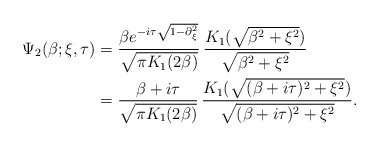
\begin{align*}\Psi_{2}(\beta; \xi,\tau) &= \frac{\beta e^{- i \tau \sqrt{1-\partial_{\xi}^{2}}}}{\sqrt{ \pi K_{1}(2 \beta)}}\, \frac{K_{1}(\sqrt{\beta^{2}+\xi^{2}})}{\sqrt{\beta^{2}+\xi^{2}}} \\&= \frac{\beta + i\tau}{\sqrt{ \pi K_{1}(2 \beta)}}\, \frac{K_{1}(\sqrt{(\beta+i\tau)^{2}+\xi^{2}})}{\sqrt{(\beta+i\tau)^{2}+\xi^{2}}}.\end{align*}